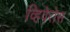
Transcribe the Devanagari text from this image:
व्हिवेरोस